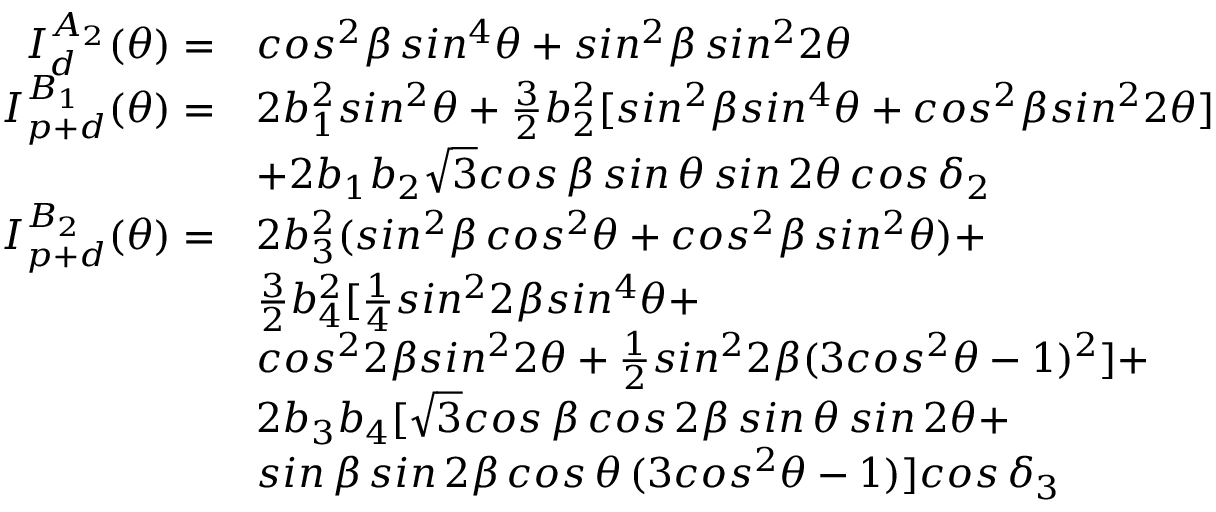
\begin{array} { r l } { I _ { d } ^ { A _ { 2 } } ( \theta ) = } & { c o s ^ { 2 } \beta \, s i n ^ { 4 } \theta + s i n ^ { 2 } \beta \, s i n ^ { 2 } 2 \theta } \\ { I _ { p + d } ^ { B _ { 1 } } ( \theta ) = } & { 2 b _ { 1 } ^ { 2 } s i n ^ { 2 } \theta + \frac { 3 } { 2 } b _ { 2 } ^ { 2 } [ s i n ^ { 2 } \beta s i n ^ { 4 } \theta + c o s ^ { 2 } \beta s i n ^ { 2 } 2 \theta ] } \\ & { + 2 b _ { 1 } b _ { 2 } \sqrt { 3 } c o s \, \beta \, s i n \, \theta \, s i n \, 2 \theta \, c o s \, \delta _ { 2 } } \\ { I _ { p + d } ^ { B _ { 2 } } ( \theta ) = } & { 2 b _ { 3 } ^ { 2 } ( s i n ^ { 2 } \beta \, c o s ^ { 2 } \theta + c o s ^ { 2 } \beta \, s i n ^ { 2 } \theta ) + } \\ & { \frac { 3 } { 2 } b _ { 4 } ^ { 2 } [ \frac { 1 } { 4 } s i n ^ { 2 } 2 \beta s i n ^ { 4 } \theta + } \\ & { c o s ^ { 2 } 2 \beta s i n ^ { 2 } 2 \theta + \frac { 1 } { 2 } s i n ^ { 2 } 2 \beta ( 3 c o s ^ { 2 } \theta - 1 ) ^ { 2 } ] + } \\ & { 2 b _ { 3 } b _ { 4 } [ \sqrt { 3 } c o s \, \beta \, c o s \, 2 \beta \, s i n \, \theta \, s i n \, 2 \theta + } \\ & { s i n \, \beta \, s i n \, 2 \beta \, c o s \, \theta \, ( 3 c o s ^ { 2 } \theta - 1 ) ] c o s \, \delta _ { 3 } } \end{array}